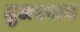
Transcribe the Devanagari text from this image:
तुलस्यान